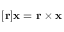
[ \mathbf { r } ] \mathbf { x } = \mathbf { r } \times \mathbf { x }